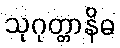
သုဂုတ္တာနိဓ